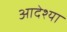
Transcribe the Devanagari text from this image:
आदेश्या